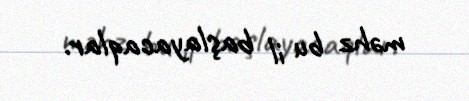
məhz bu il başlayacaqlar.